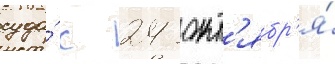
суда́ с 24 окт'ябр'я́